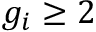
g _ { i } \geq 2